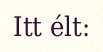
Itt élt: